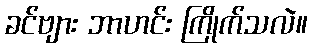
ခင်ဗျား ဘာဟင်း ကြိုက်သလဲ။